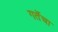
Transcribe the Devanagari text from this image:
गर्तेचा